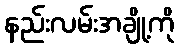
နည်းလမ်းအချို့ကို